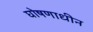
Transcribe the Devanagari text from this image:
घोषणाधीन